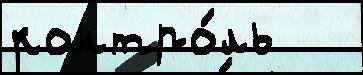
контро́ль